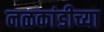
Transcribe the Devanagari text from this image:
नळकांडीच्या